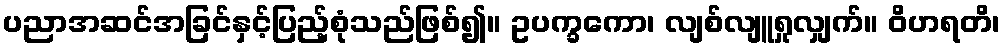
ပညာအဆင်အခြင်နှင့်ပြည့်စုံသည်ဖြစ်၍။ ဥပက္ခကော၊ လျစ်လျူရှုလျှက်။ ဝိဟရတိ၊